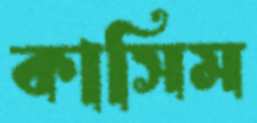
কাসিম